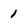
Character: 1